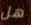
هل